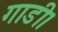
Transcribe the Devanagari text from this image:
गाडी।